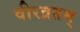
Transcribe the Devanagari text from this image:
वीरव्रतम्‌